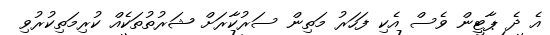
އެ ދެ ޕާޓީން ވެސް އެކި ފަހަރު މަތިން ސަރުކާރަށް ޝަރުތުތަކެއް ކުރިމަތިކުރުވި